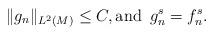
LaTeX: \begin{align*}\|g_n\|_{L^2(M)} \leq C, \mbox{and }\, g_n^s=f_n^s.\end{align*}